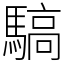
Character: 䮦